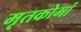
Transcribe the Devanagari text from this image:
मृतकोमां